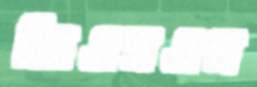
জিএসএম